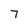
Character: 7